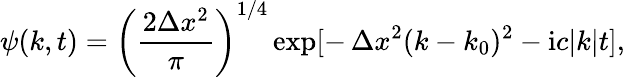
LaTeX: \psi(k,t)=\left(\frac{2\Delta x^{2}}{\pi}\right)^{1/4}\exp[-\, \Delta x^{2}(k-k_{0})^{2}-\mathrm{i}c|k|t],